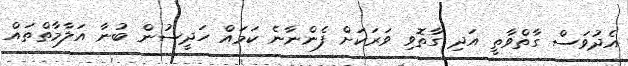
އެދުވަސް ގާތްވާތީ އަދި ގާތޮވި ވަރަކަށް ފެންނާނެ ކަމައް ހަދީސުން ބުނާ އަލާމާތްތައް